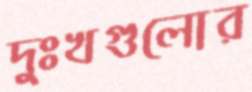
দুঃখগুলোর